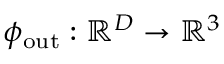
\phi _ { \mathrm { o u t } } : \mathbb { R } ^ { D } \to \mathbb { R } ^ { 3 }